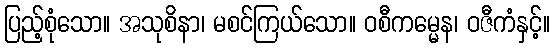
ပြည့်စုံသော။ အသုစိနာ၊ မစင်ကြယ်သော။ ဝစီကမ္မေန၊ ဝဇီကံနှင့်။